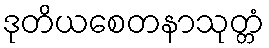
ဒုတိယစေတနာသုတ္တံ